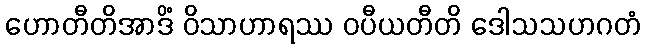
ဟောတီတိအာဒိံ ဝိသာဟာရဿ ဝပီယတီတိ ဒေါသသဟဂတံ